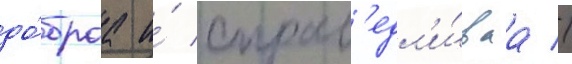
до́браа и́ справ'едл'и́ваа //